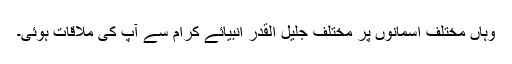
وہاں مختلف آسمانوں پر مختلف جلیل القدر انبیائے کرامؑ سے آپؐ کی ملاقات ہوئی۔